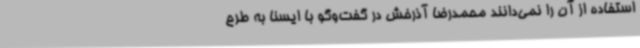
استفاده از آن را نمی‌دانند محمدرضا آذرخش در گفت‌وگو با ایسنا به طرح